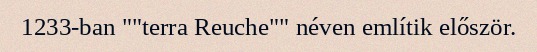
1233-ban ""terra Reuche"" néven említik először.